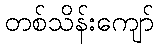
တစ်သိန်းကျော်